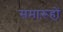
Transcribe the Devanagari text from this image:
समारूहों